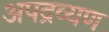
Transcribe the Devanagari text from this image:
अपद्रव्यण